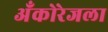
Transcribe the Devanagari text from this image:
अँकोरेजला